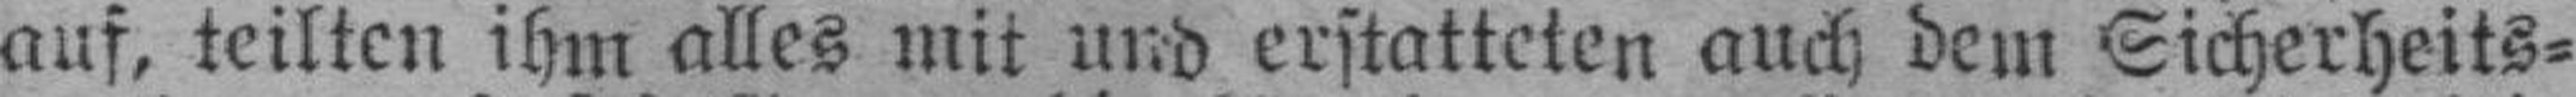
auf, teilten ihm alles mit und erstatteten auch dem Sicherheits¬